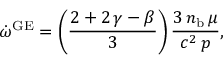
\dot { \omega } ^ { \mathrm { G E } } = \left( \frac { 2 + 2 \, \gamma - \beta } { 3 } \right) \frac { 3 \, n _ { \mathrm { b } } \, \mu } { c ^ { 2 } \, p } ,